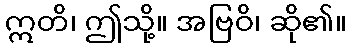
ဣတိ၊ ဤသို့။ အဗြဝိ၊ ဆို၏။